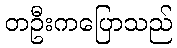
တဦးကပြောသည်